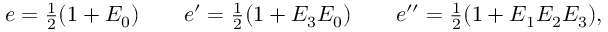
e = { \textstyle \frac { 1 } { 2 } } ( 1 + E _ { 0 } ) \qquad e ^ { \prime } = { \textstyle \frac { 1 } { 2 } } ( 1 + E _ { 3 } E _ { 0 } ) \qquad e ^ { \prime \prime } = { \textstyle \frac { 1 } { 2 } } ( 1 + E _ { 1 } E _ { 2 } E _ { 3 } ) ,